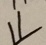
\downarrow